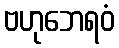
ဗဟုဘေရဝံ